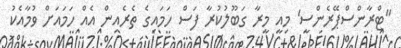
"ޓްރާންސްޕޭރެންސީ' މިއީ މީރާ ގަބޫލުކުރާ ފަސް ހަމައިގެ ތެރެއިން އެއް ހަމައަށް ވުމާއެކު